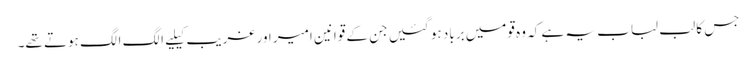
جس کا لب لباب یہ ہے کہ وہ قومیں برباد ہو گئیں جن کے قوانین امیر اور غریب کیلیے الگ الگ ہوتے تھے۔